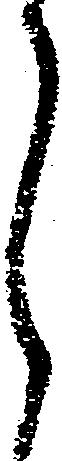
月